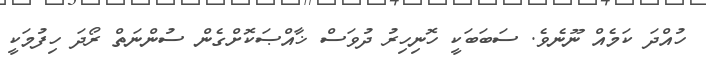
ހުއްދަ ކަމެއް ނޫނެވެ. ސަބަބަކީ ހޮނިހިރު ދުވަސް ޚާއްޞަކޮށްގެން ސުންނަތް ރޯދަ ހިފުމަކީ